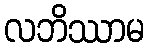
လဘိဿာမ